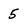
Character: 5